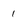
Character: 1